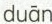
duān